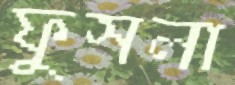
ফুসলা